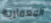
المعمارية